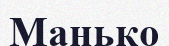
Манько